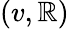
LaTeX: (v,\mathbb{R})